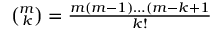
\textstyle { \binom { m } { k } } = { \frac { m ( m - 1 ) \dots ( m - k + 1 } { k ! } }